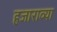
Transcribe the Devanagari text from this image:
हजाराव्या